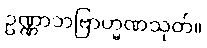
ဥဏ္ဏာဘဗြာဟ္မဏသုတ်။